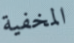
المخفية